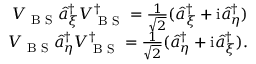
\begin{array} { r } { V _ { \textrm { B S } } \hat { a } _ { \xi } ^ { \dagger } V _ { \textrm { B S } } ^ { \dagger } = \frac { 1 } { \sqrt { 2 } } ( \hat { a } _ { \xi } ^ { \dagger } + \mathrm { i } \hat { a } _ { \eta } ^ { \dagger } ) } \\ { V _ { \textrm { B S } } \hat { a } _ { \eta } ^ { \dagger } V _ { \textrm { B S } } ^ { \dagger } = \frac { 1 } { \sqrt { 2 } } ( \hat { a } _ { \eta } ^ { \dagger } + \mathrm { i } \hat { a } _ { \xi } ^ { \dagger } ) . } \end{array}